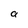
Character: a